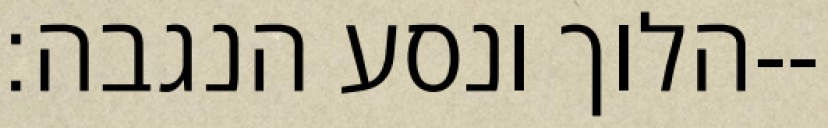
הלוך ונסע הנגבה׃--